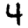
Digit: 4